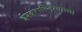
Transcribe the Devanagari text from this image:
ईश्वरास्तित्वाच्या